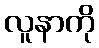
လူနာကို